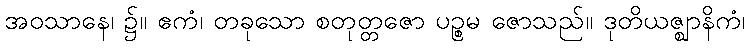
အဝသာနေ၊ ၌။ ဧကံ၊ တခုသော စတုတ္တဇော ပဉ္စမ ဇောသည်။ ဒုတိယဇ္ဈာနိကံ၊